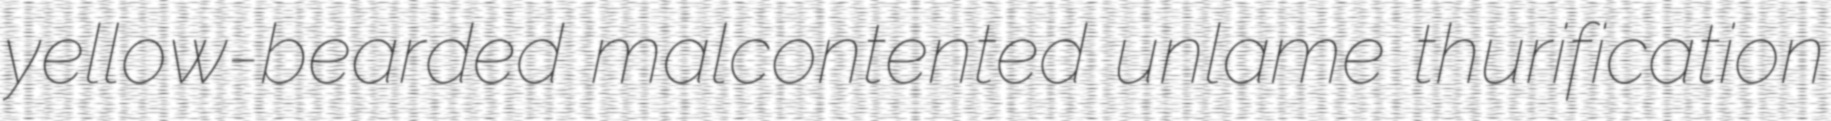
yellow-bearded malcontented unlame thurification